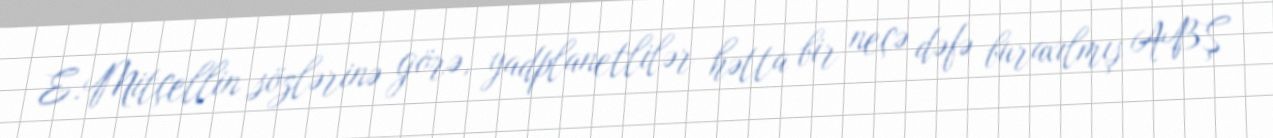
E.Mitçellin sözlərinə görə, yadplanetlilər hətta bir neçə dəfə buraxılmış ABŞ